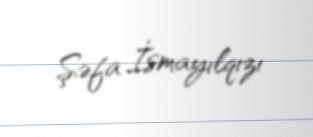
Şəfa İsmayılqızı